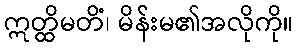
ဣတ္ထိမတိံ၊ မိန်းမ၏အလိုကို။